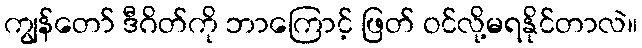
ကျွန်တော် ဒီဂိတ်ကို ဘာကြောင့် ဖြတ် ဝင်လို့မရနိုင်တာလဲ။